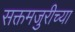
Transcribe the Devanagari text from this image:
सक्तमजुरीच्या